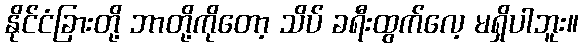
နိုင်ငံခြားတို့ ဘာတို့ကိုတော့ သိပ် ခရီးထွက်လေ့ မရှိပါဘူး။